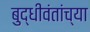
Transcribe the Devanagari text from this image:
बुद्धीवंतांच्या